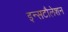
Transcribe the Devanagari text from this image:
इन्सटौलेशन